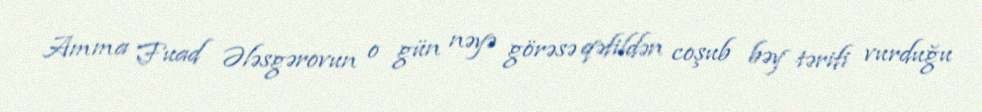
Amma Fuad Ələsgərovun o gün nəyə görəsə qəfildən coşub bəy tərifi vurduğu